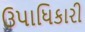
ઉપાધિકારી